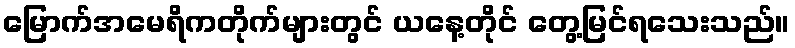
မြောက်အမေရိကတိုက်များတွင် ယနေ့တိုင် တွေ့မြင်ရသေးသည်။